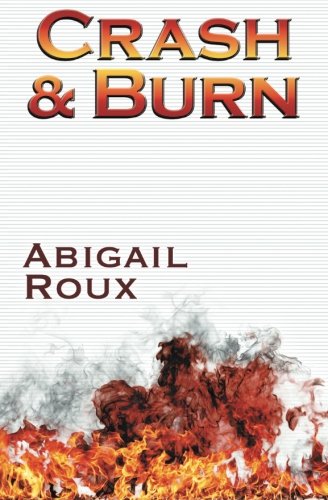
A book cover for Crash & Burn (Cut & Run) (Volume 9); Abigail Roux; Romance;